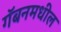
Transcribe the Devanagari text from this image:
गॅबनमधील